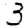
Digit: 3